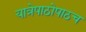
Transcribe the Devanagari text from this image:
यात्रेपाठोपाठच